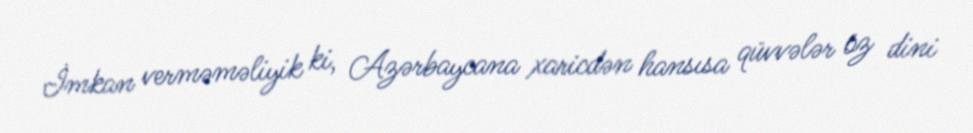
İmkan verməməliyik ki, Azərbaycana xaricdən hansısa qüvvələr öz dini